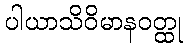
ပါယာသိဝိမာနဝတ္ထု